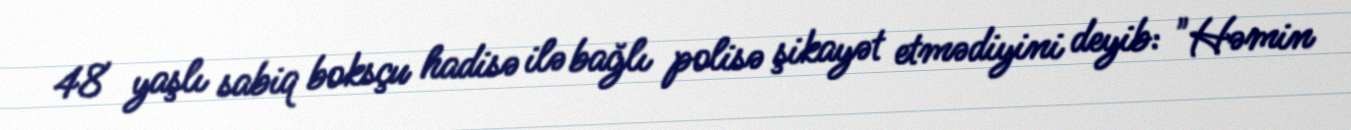
48 yaşlı sabiq boksçu hadisə ilə bağlı polisə şikayət etmədiyini deyib: "Həmin